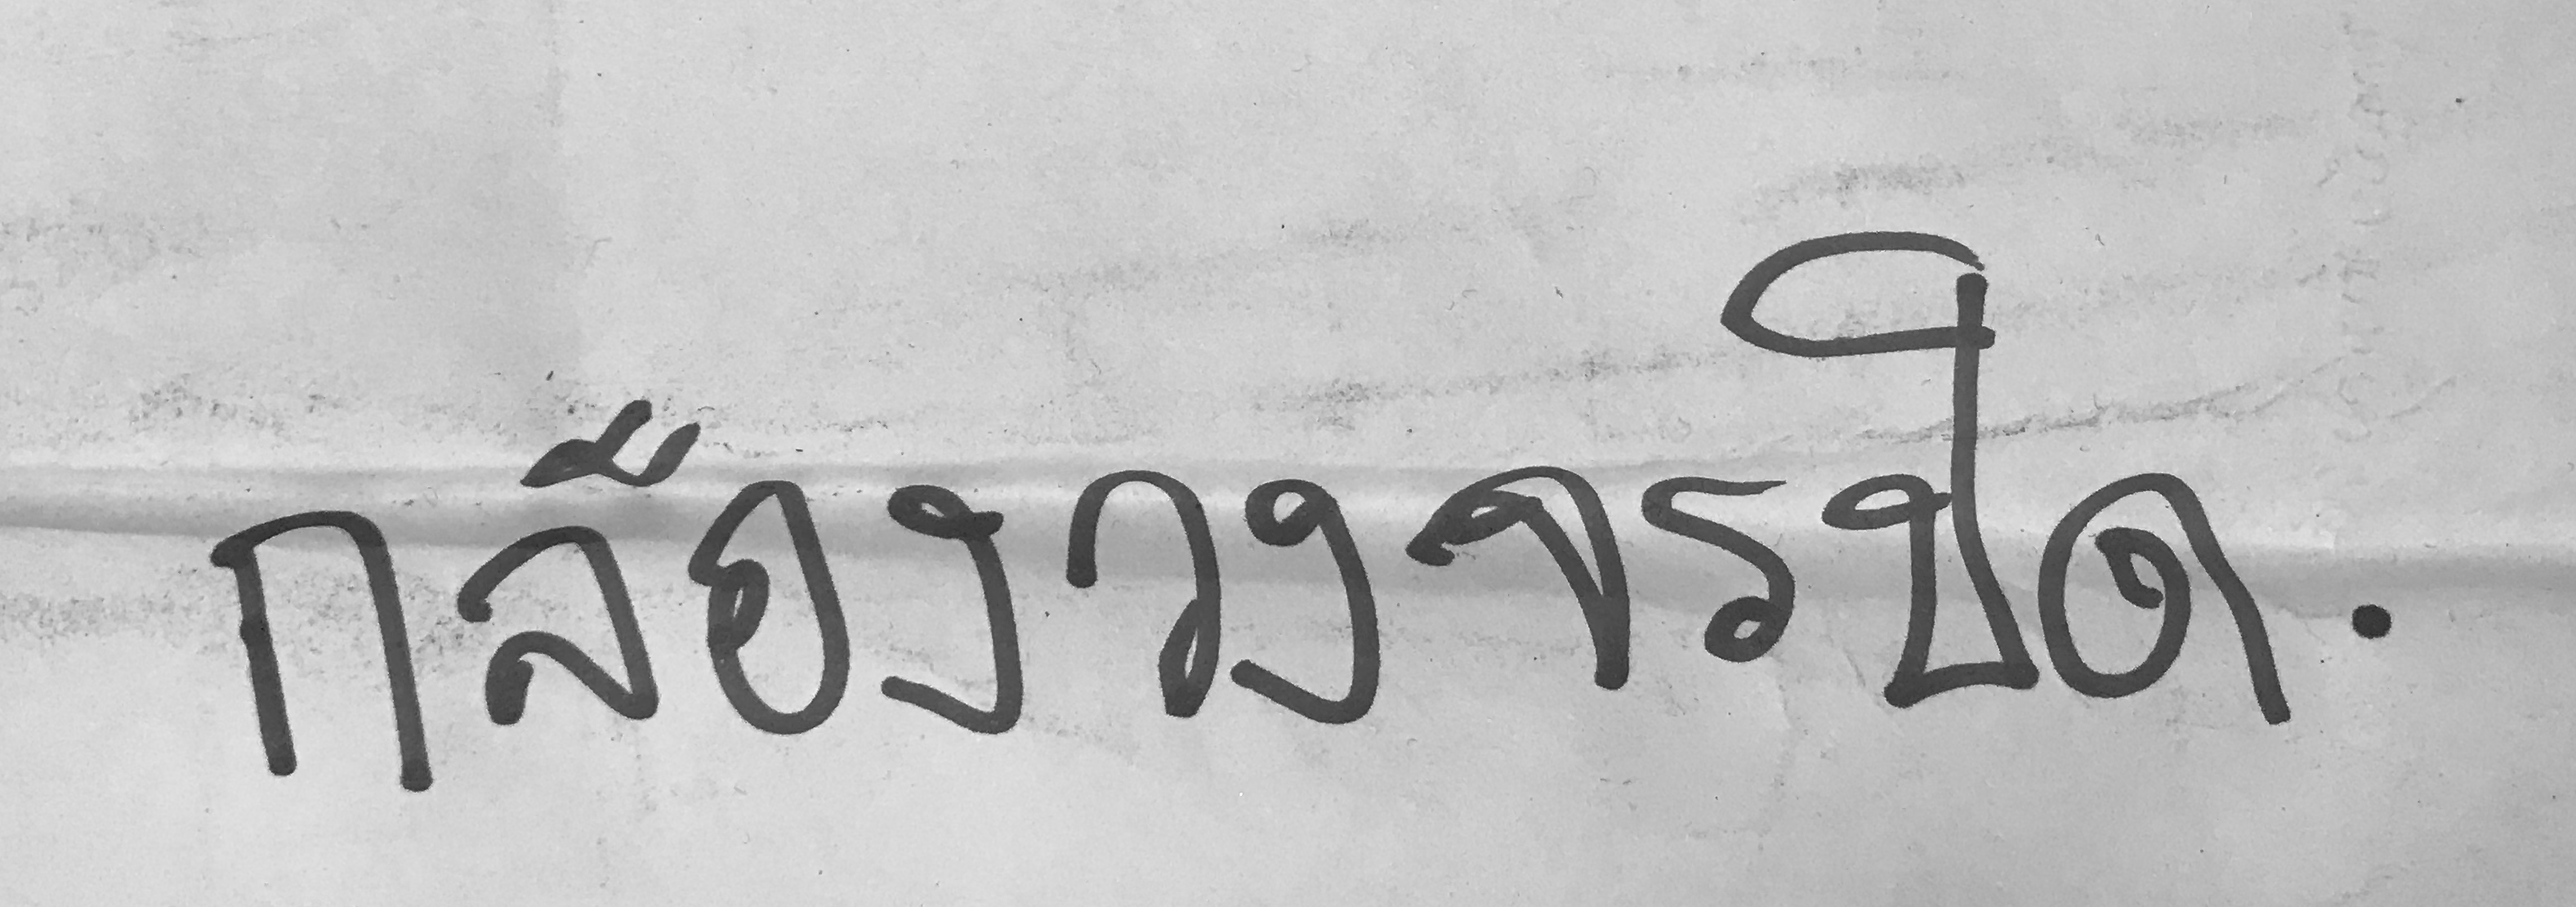
กล้องวงจรปิด